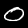
Digit: 0